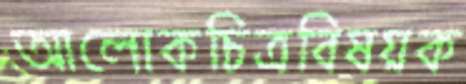
আলোকচিত্রবিষয়ক